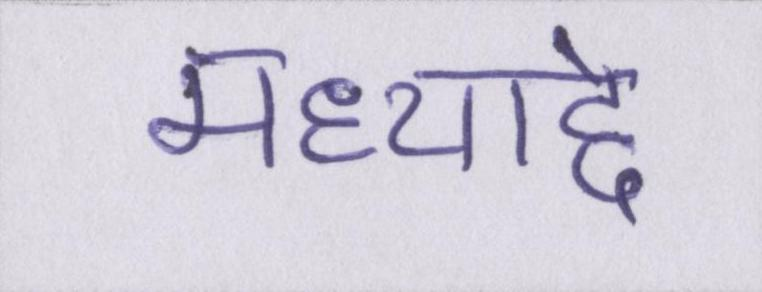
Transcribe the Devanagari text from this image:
मध्याद्दे